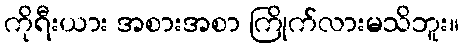
ကိုရီးယား အစားအစာ ကြိုက်လားမသိဘူး။